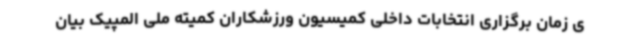
ی زمان برگزاری انتخابات داخلی کمیسیون ورزشکاران کمیته ملی المپیک بیان